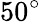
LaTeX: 50^{\circ}